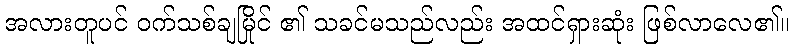
အလားတူပင် ဝက်သစ်ချမြိုင် ၏ သခင်မသည်လည်း အထင်ရှားဆုံး ဖြစ်လာလေ၏။